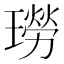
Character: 𤩂